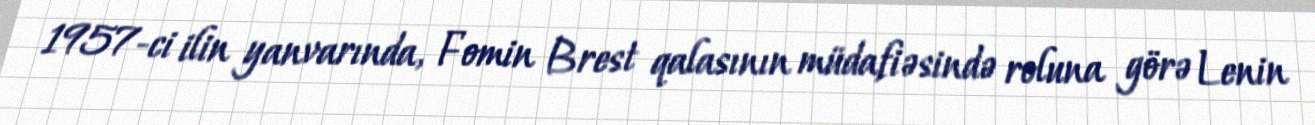
1957-ci ilin yanvarında, Fomin Brest qalasının müdafiəsində roluna görə Lenin